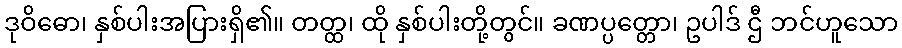
ဒုဝိဓော၊ နှစ်ပါးအပြားရှိ၏။ တတ္ထ၊ ထို နှစ်ပါးတို့တွင်။ ခဏပ္ပတ္တော၊ ဥပါဒ် ဌီ ဘင်ဟူသော